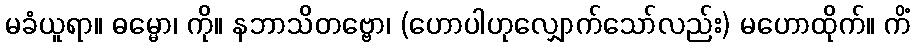
မခံယူရာ။ ဓမ္မော၊ ကို။ နဘာသိတဗ္ဗော၊ (ဟောပါဟုလျှောက်သော်လည်း) မဟောထိုက်။ ကိံ